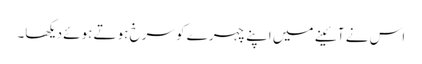
اس نے آئینے میں اپنے چہرے کو سرخ ہوتے ہوئے دیکھا۔